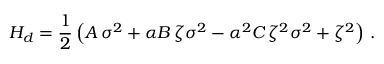
H _ { d } = \frac 1 2 \left( A \, { \sigma } ^ { 2 } + \alpha B \, \zeta { \sigma } ^ { 2 } - \alpha ^ { 2 } C \, { \zeta } ^ { 2 } { \sigma } ^ { 2 } + { \zeta } ^ { 2 } \right) \, .